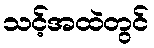
သင့်အထဲတွင်